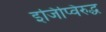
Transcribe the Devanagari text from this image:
इजिप्विरुद्ध